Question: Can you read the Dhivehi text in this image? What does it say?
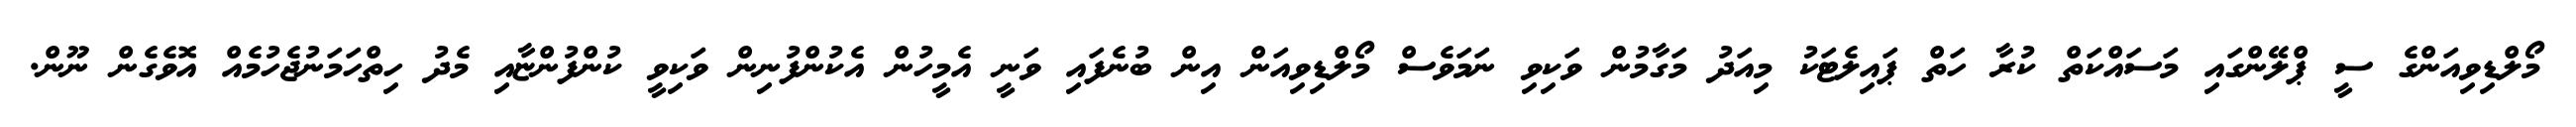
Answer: މޯލްޑިވިއަންގެ ސީ ޕްލޭންގައި މަސައްކަތް ކުރާ ހަތް ޕައިލެޓަކު މިއަދު މަގާމުން ވަކިވި ނަމަވެސް މޯލްޑިވިއަން އިން ބުނެފައި ވަނީ އެމީހުން އެކުންފުނިން ވަކިވީ ކުންފުންޏާއި މެދު ހިތްހަމަނުޖެހުމެއް އޮވެގެން ނޫން.